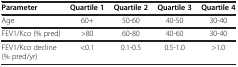
| Parameter | Quartile 1 | Quartile 2 | Quartile 3 | Quartile 4 |
 | --- | --- | --- | --- | --- |
 | Age | 60+ | 50-60 | 40-50 | 30-40 |
 | FEV1/Kco (% pred) | >80 | 60-80 | 40-60 | 30-40 |
 | FEV1/Kco decline (% pred/yr) | <0.1 | 0.1-0.5 | 0.5-1.0 | >1.0 |